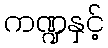
ကဏ္ဍနှင့်